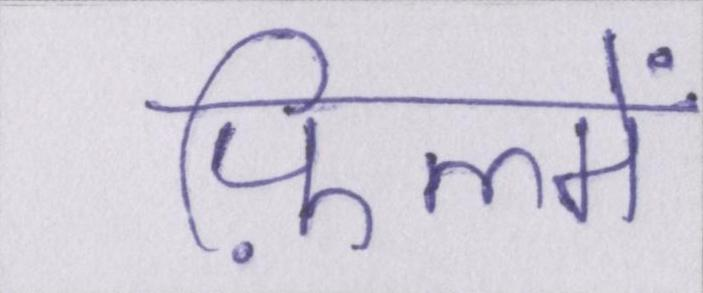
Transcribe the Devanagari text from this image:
फ़िल्में